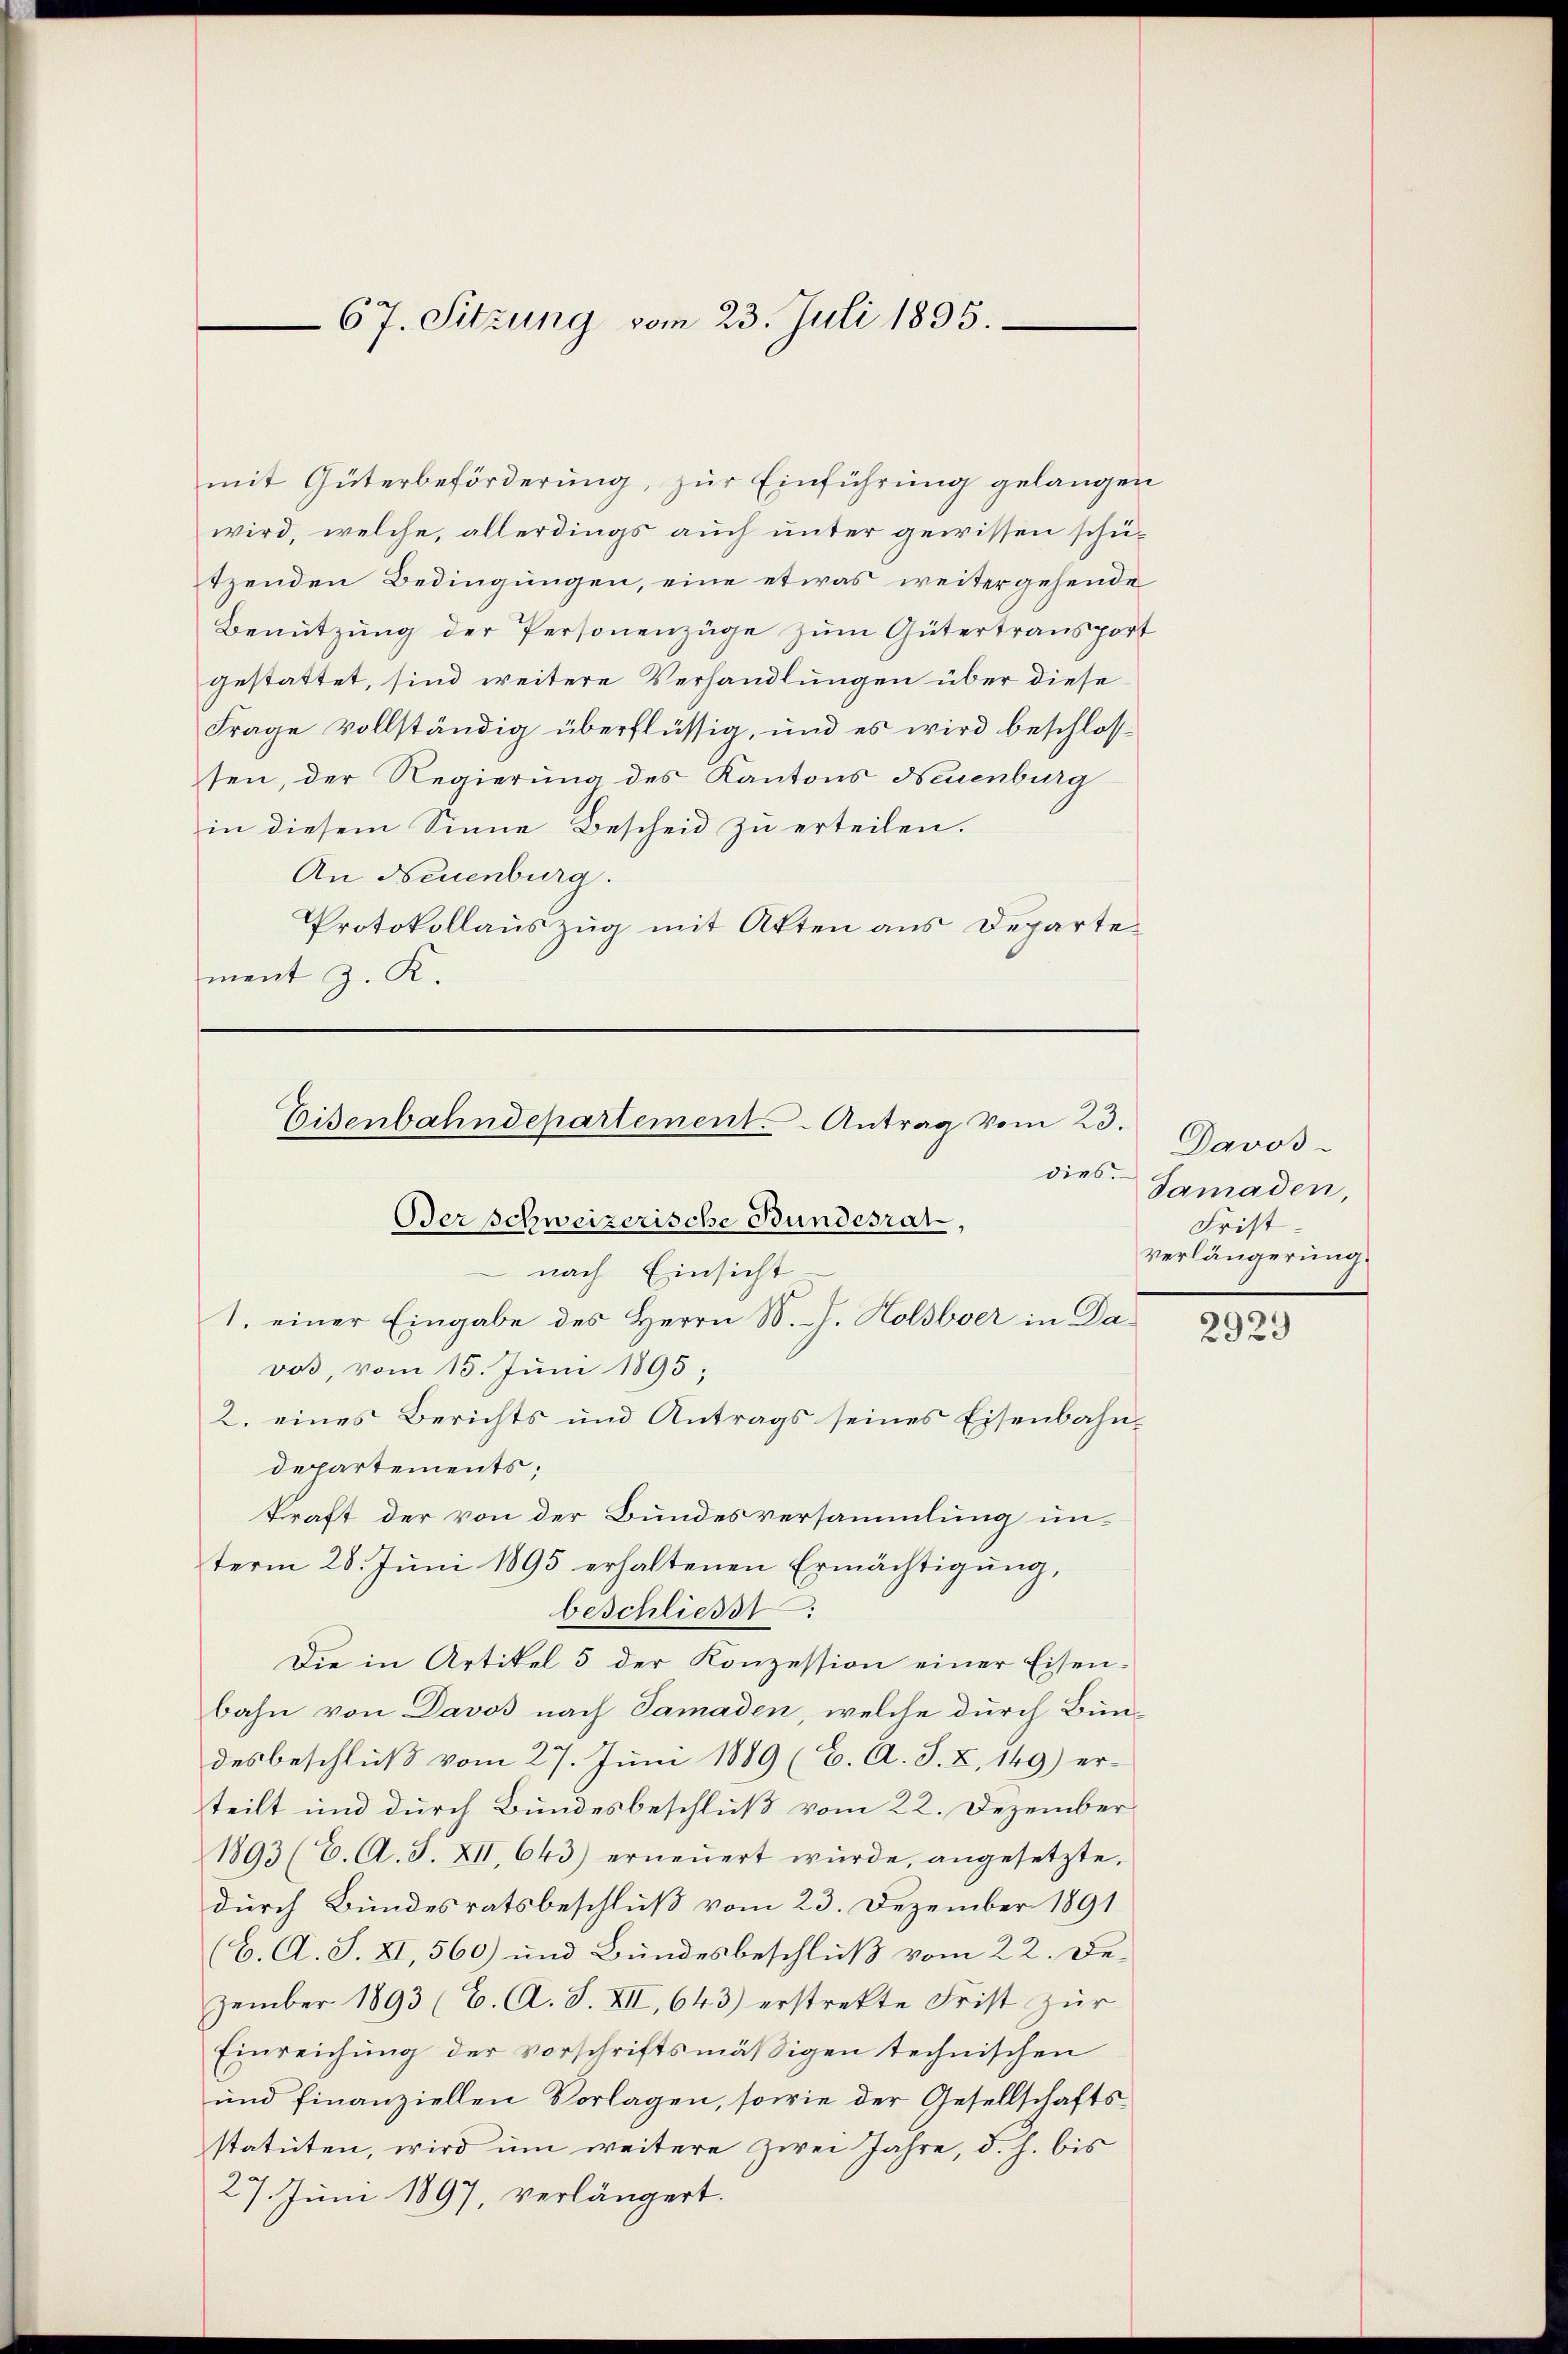
67. Sitzung vom 23. Juli 1895.

mit Güterbeförderung, zur Einführung gelangen
wird, welche, allerdings auch unter gewissen schützenden Bedingungen, eine etwas weitergehende
Benutzung der Personenzüge zum Gütertransport
gestattet, sind weitere Verhandlungen über diese
Frage vollständig überflüssig, und es wird beschloss
sen, der Regierung des Kantons Neuenburg
in diesem Sinne Bescheid zu erteilen.
An Neuenburg.
Protokollauszug mit Akten aus Departement z. K.

Eisenbahndepartement. Antrag vom 23.
dies.
Der schweizerische Bundesrat,

nach Einsicht
1. einer Eingabe des Herrn D. J. Holsbver in Davos vom 15. Juni 1893;
2. eines Berichts und Antrags seines Eisenbahn-
departements;
kraft der von der Bundesversammlung unterm 28. Juni 1895 erhaltenen Ermächtigung,
beschliesst:
Die in Artikel 5 der Konzession einer Eisen-
bahn von Davos nach Samaden, welche durch Bun-
desbeschluß vom 27. Juni 1889 (C. A. S. Z. 149) erteilt und durch Bundesbeschluß vom 22. Dezember
1893 (C. A. S. XII, 643.) erneŭert würde, angesetzte.
durch Bundesratsbeschluß vom 23. Dezember 1891
(C. A. S. XI, 560) und Bundesbeschluß vom 22. Dezember 1893 (C. A. S. XII, 643) erstrekte Frist zur
Einreichung der vorschriftsmäßigen technischen
und finanziellen Vorlagen, sowie der Gesellschaftsstatuten, wird um weitere zwei Jahre, d. h. bis
27. Juni 1897, verlängert.

Davos-
Samaden,
Frist.
verlängerung

2929